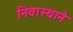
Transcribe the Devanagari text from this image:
निवास्थाने